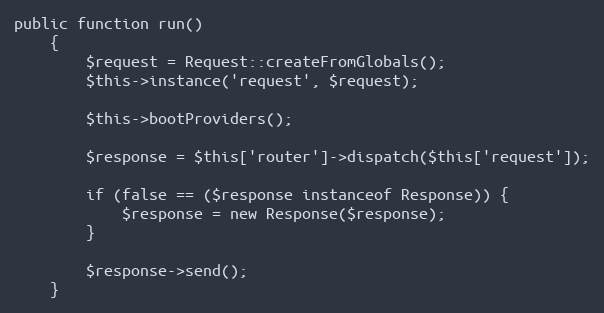
Language: PHP
public function run()
	{
		$request = Request::createFromGlobals();
		$this->instance('request', $request);

		$this->bootProviders();

		$response = $this['router']->dispatch($this['request']);

		if (false == ($response instanceof Response)) {
			$response = new Response($response);
		}

		$response->send();
	}